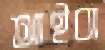
আইবা